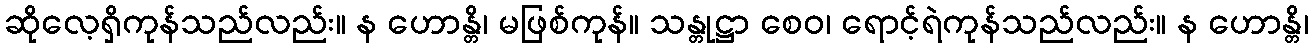
ဆိုလေ့ရှိကုန်သည်လည်း။ န ဟောန္တိ၊ မဖြစ်ကုန်။ သန္တုဋ္ဌာ စေဝ၊ ရောင့်ရဲကုန်သည်လည်း။ န ဟောန္တိ၊